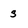
Character: S